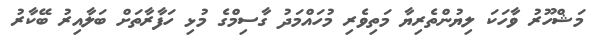
މަޝްހޫރު ވާހަކަ ލިޔުންތެރިޔާ މަތިވެރި މުހައްމަދު ގާސިމްގެ މުޅި ހަފާރާތަށް ބަލާއިރު ބޭކާރު